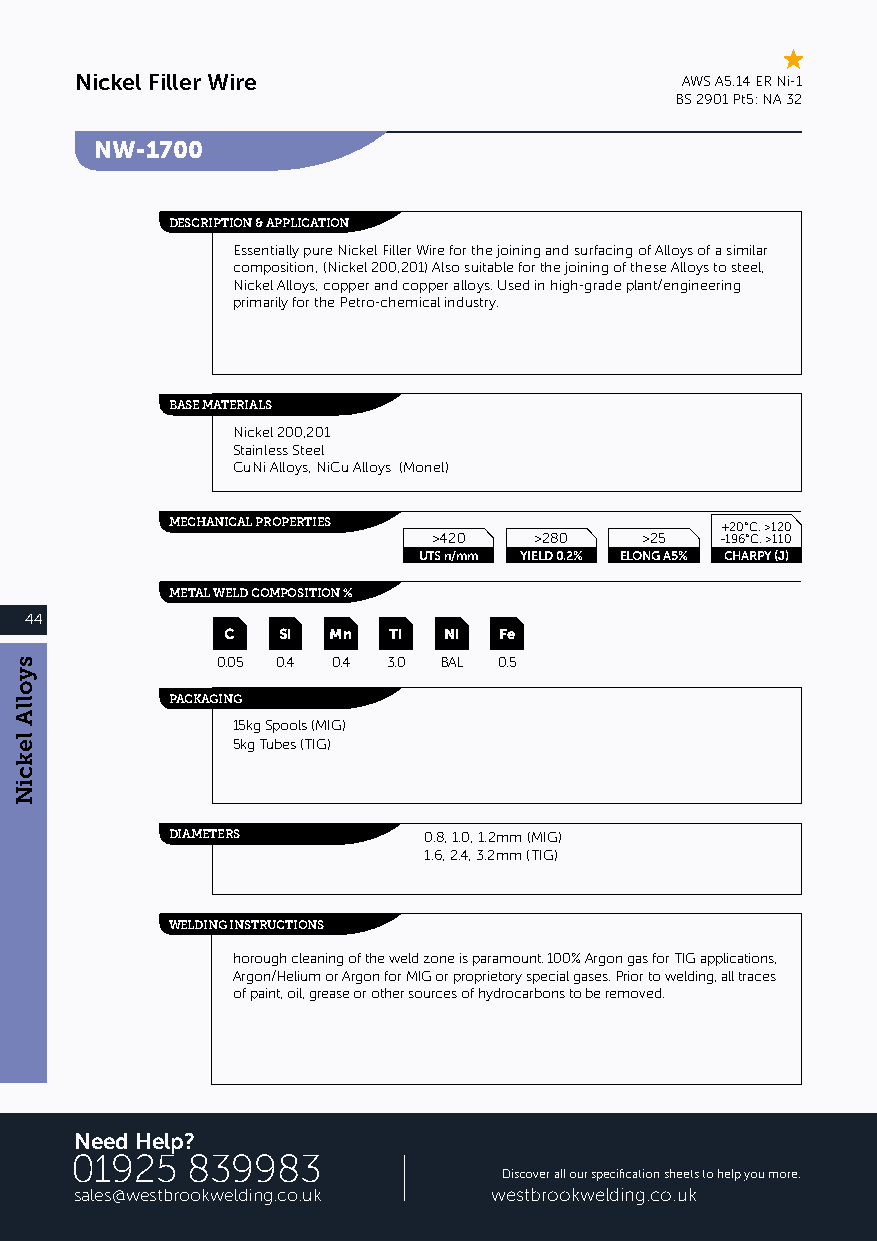
Nickel Filler Wire                      AWS A5.14 ER Ni-1
 BS 2901 Pt5: NA 32
 NW-1700
 DESCRIPTION & APPLICATION
 Essentially pure Nickel Filler Wire for the joining and surfacing of Alloys of a similar
 composition, (Nickel 200,201) Also suitable for the joining of these Alloys to steel,
 Nickel Alloys, copper and copper alloys. Used in high-grade plant/engineering
 primarily for the Petro-chemical industry.
 BASE MATERIALS
 Nickel 200,201
 Stainless Steel
 CuNi Alloys, NiCu Alloys (Monel)
 MECHANICAL PROPERTIES                +20°C. >120
 >420  >280   >25   -196°C. >110
 UTS n/mm YIELD 0.2% ELONG A5% CHARPY (J)
 METAL WELD COMPOSITION %
 44
 C  Si  Mn  Ti Ni  Fe
 0.05 0.4 0.4 3.0 BAL 0.5
 PACKAGING
 15kg Spools (MIG)
 5kg Tubes (TIG)
 DIAMETERS        0.8, 1.0, 1.2mm (MIG)
 1.6, 2.4, 3.2mm (TIG)
 WELDING INSTRUCTIONS
 horough cleaning of the weld zone is paramount. 100% Argon gas for TIG applications,
 Argon/Helium or Argon for MIG or proprietory special gases. Prior to welding, all traces
 of paint, oil, grease or other sources of hydrocarbons to be removed.
 Need Help?
 01925  839983
 Discover all our specification sheets to help you more:
 sales@westbrookwelding.co.uk westbrookwelding.co.uk/downloads
 syollA
 lekciN